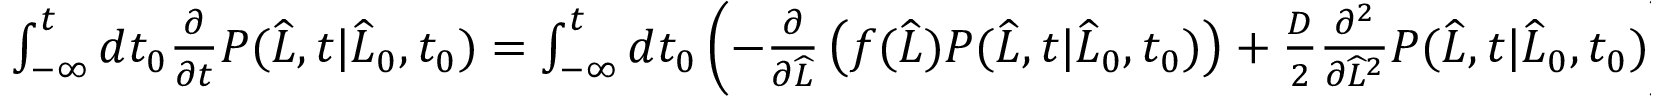
\begin{array} { r } { \int _ { - \infty } ^ { t } d t _ { 0 } \frac { \partial } { \partial t } P ( \widehat { L } , t | \widehat { L } _ { 0 } , t _ { 0 } ) = \int _ { - \infty } ^ { t } d t _ { 0 } \left( - \frac { \partial } { \partial \widehat { L } } \left( f ( \widehat { L } ) P ( \widehat { L } , t | \widehat { L } _ { 0 } , t _ { 0 } ) \right) + \frac { D } { 2 } \frac { \partial ^ { 2 } } { \partial \widehat { L } ^ { 2 } } P ( \widehat { L } , t | \widehat { L } _ { 0 } , t _ { 0 } ) \right) \ . } \end{array}